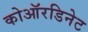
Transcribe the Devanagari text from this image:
कोऑरडिनेट